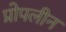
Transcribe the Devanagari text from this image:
प्रोपलीन